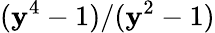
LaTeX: (\mathbf{y}^{4}-1)/(\mathbf{y}^{2}-1)